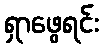
ရှာဖွေရင်း